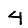
Digit: 4